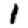
Digit: 1